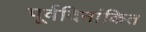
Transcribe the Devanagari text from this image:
पूर्वदिनांकित